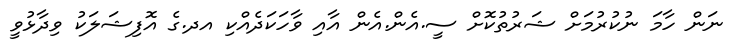
ނަން ހާމަ ނުކުރުމަށް ޝަރުތުކޮށް ސީ.އެން.އެން އާއި ވާހަކަދެއްކި އދ.ގެ އޮފިޝަލަކު ވިދާޅުވީ